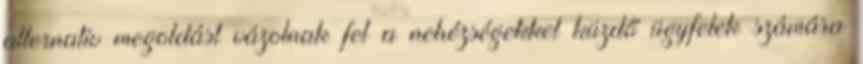
alternatív megoldást vázolnak fel a nehézségekkel küzdő ügyfelek számára